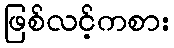
ဖြစ်လင့်ကစား